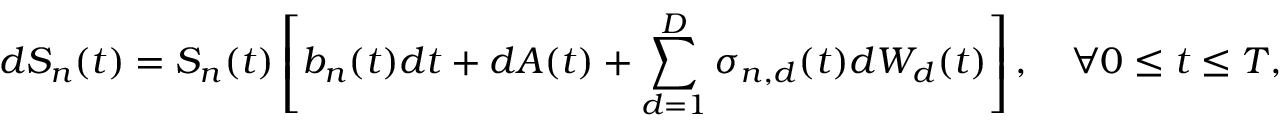
d S _ { n } ( t ) = S _ { n } ( t ) \left[ b _ { n } ( t ) d t + d A ( t ) + \sum _ { d = 1 } ^ { D } \sigma _ { n , d } ( t ) d W _ { d } ( t ) \right] , \quad \forall 0 \leq t \leq T , \quad n = 1 \ldots N .